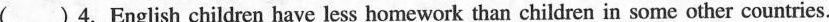
() 4.English children have less homework than children in some other countries.